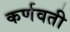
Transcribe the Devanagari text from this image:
कर्णवती